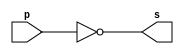
 
 
// ------------------------- 
// Exemplo0002 - NOT 
// Nome: Mateus Augusto Moraes Ferreira 
// ------------------------- 
 
// ------------------------- 
// -- not gate 
// ------------------------- 
module notgate (output s, 
                             input  p); 
 assign s = ~p; 
endmodule // notgate 
 
// ------------------------- 
// -- test not gate 
// ------------------------- 
module testnotgate; 
// ------------------------- dados locais 
   reg    a;   // definir registrador 
                   // (variavel independente) 
   wire   s;   // definir conexao (fio) 
                   // (variavel dependente  ) 
// ------------------------- instancia 
   notgate NOT1 (s, a); 
// ------------------------- preparacao 
   initial begin:start 
      a=0; 
   end // ------------------------- parte principal 
   initial begin 
      $display("Exemplo0002 - Mateus Augusto Moraes Ferreira - 435669"); 
      $display("Test NOT gate"); 
      $display("\n~a = s\n"); 
      a=0; 
  #1  $display("~%b = %b", a, s); 
      a=1; 
  #1  $display("~%b = %b", a, s); 
 end 
 
endmodule // testnotgate